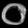
Digit: ၀